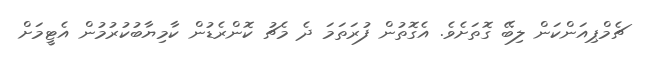
ޗެމްޕިއަންކަން ލިބޭ ގޮތަށެވެ. އެގޮތުން ފުރަތަމަ ދެ މެޗު ކޮންރެޑުން ކާމިޔާބުކުރުމުން އެޓީމަށް